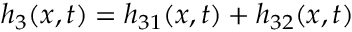
h _ { 3 } ( x , t ) = h _ { 3 1 } ( x , t ) + h _ { 3 2 } ( x , t )